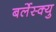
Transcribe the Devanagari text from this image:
बर्लेस्क्यु